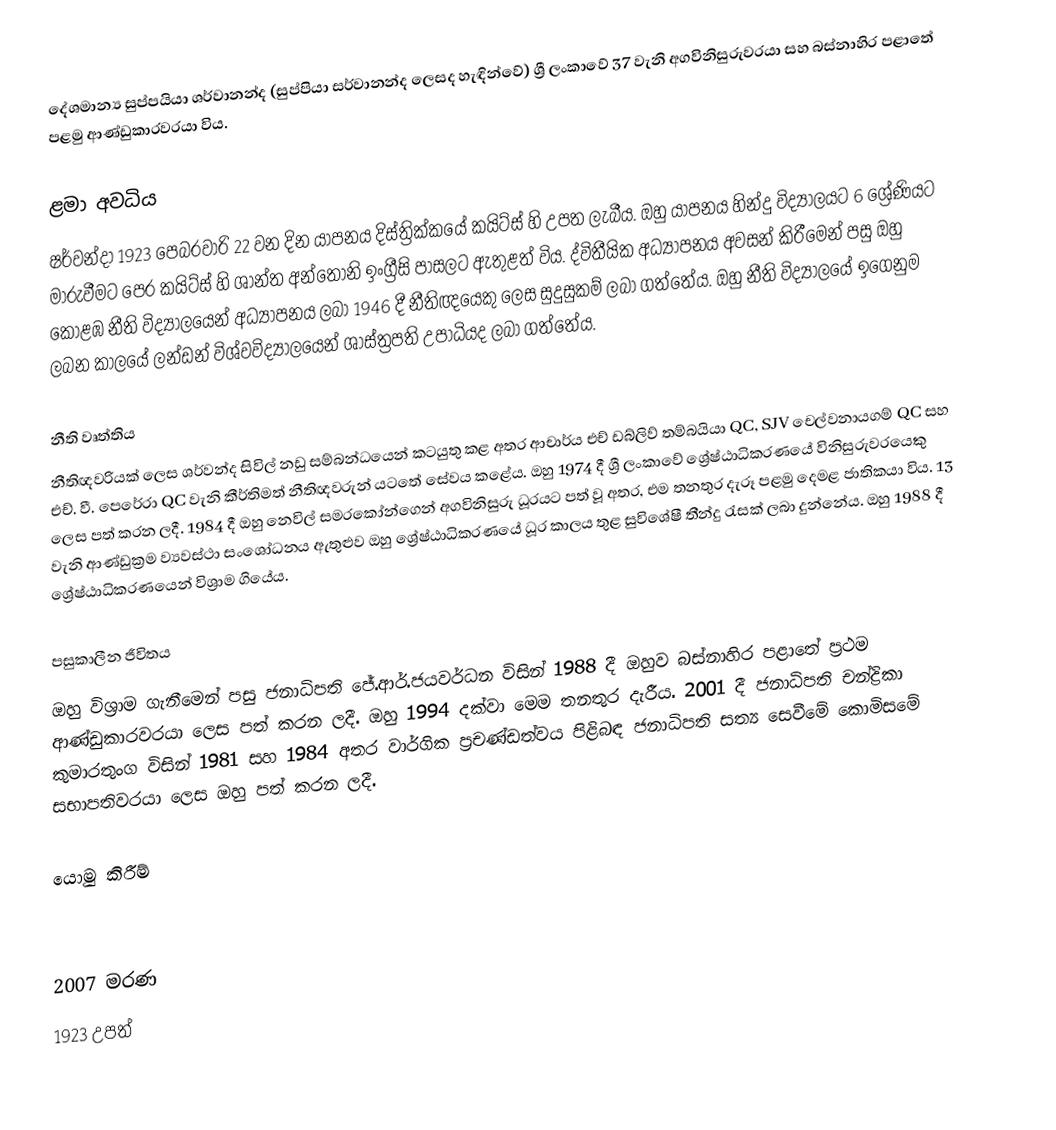
දේශමාන්‍ය සුප්පයියා ශර්වානන්ද (සුප්පියා සර්වානන්ද ලෙසද හැඳින්වේ) ශ්‍රී ලංකාවේ 37 වැනි අගවිනිසුරුවරයා සහ බස්නාහිර පළාතේ පළමු ආණ්ඩුකාරවරයා විය.

ළමා අවධිය
ෂර්වන්දා 1923 පෙබරවාරි 22 වන දින යාපනය දිස්ත්‍රික්කයේ කයිට්ස් හි උපත ලැබීය. ඔහු යාපනය හින්දු විද්‍යාලයට 6 ශ්‍රේණියට මාරුවීමට පෙර කයිට්ස් හි ශාන්ත අන්තෝනි ඉංග්‍රීසි පාසලට ඇතුළත් විය. ද්විතීයික අධ්‍යාපනය අවසන් කිරීමෙන් පසු ඔහු කොළඹ නීති විද්‍යාලයෙන් අධ්‍යාපනය ලබා 1946 දී නීතිඥයෙකු ලෙස සුදුසුකම් ලබා ගත්තේය. ඔහු නීති විද්‍යාලයේ ඉගෙනුම ලබන කාලයේ ලන්ඩන් විශ්වවිද්‍යාලයෙන් ශාස්ත්‍රපති උපාධියද ලබා ගත්තේය.

නීති වෘත්තිය
නීතිඥවරියක් ලෙස ශර්වන්ද සිවිල් නඩු සම්බන්ධයෙන් කටයුතු කළ අතර ආචාර්ය එච් ඩබ්ලිව් තම්බයියා QC, SJV චෙල්වනායගම් QC සහ එච්. වී. පෙරේරා QC වැනි කීර්තිමත් නීතිඥවරුන් යටතේ සේවය කළේය. ඔහු 1974 දී ශ්‍රී ලංකාවේ ශ්‍රේෂ්ඨාධිකරණයේ විනිසුරුවරයෙකු ලෙස පත් කරන ලදී. 1984 දී ඔහු නෙවිල් සමරකෝන්ගෙන් අගවිනිසුරු ධූරයට පත් වූ අතර, එම තනතුර දැරූ පළමු දෙමළ ජාතිකයා විය. 13 වැනි ආණ්ඩුක්‍රම ව්‍යවස්ථා සංශෝධනය ඇතුළුව ඔහු ශ්‍රේෂ්ඨාධිකරණයේ ධූර කාලය තුළ සුවිශේෂී තීන්දු රැසක් ලබා දුන්නේය. ඔහු 1988 දී ශ්‍රේෂ්ඨාධිකරණයෙන් විශ්‍රාම ගියේය.

පසුකාලීන ජීවිතය
ඔහු විශ්‍රාම ගැනීමෙන් පසු ජනාධිපති ජේ.ආර්.ජයවර්ධන විසින් 1988 දී ඔහුව බස්නාහිර පළාතේ ප්‍රථම ආණ්ඩුකාරවරයා ලෙස පත් කරන ලදී. ඔහු 1994 දක්වා මෙම තනතුර දැරීය. 2001 දී ජනාධිපති චන්ද්‍රිකා කුමාරතුංග විසින් 1981 සහ 1984 අතර වාර්ගික ප්‍රචණ්ඩත්වය පිළිබඳ ජනාධිපති සත්‍ය සෙවීමේ කොමිසමේ සභාපතිවරයා ලෙස ඔහු පත් කරන ලදී.

යොමු කිරීම්

2007 මරණ
1923 උපත්